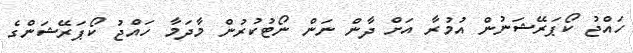
ހައްޖު ކޯޕަރޭޝަނުން އުމުރާ އަށް ދާން ނަން ނޯޓުކުރުން މާދަމާ ހައްޖު ކޯޕަރޭޝަންގެ